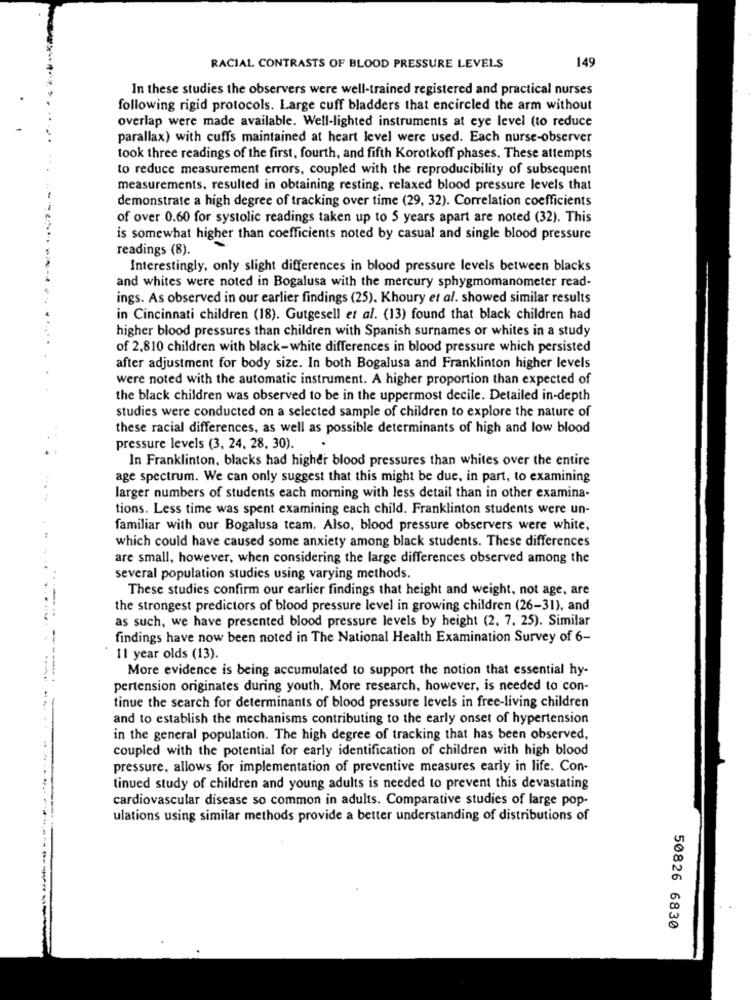
149
RACIAL CONTRASTS OF BLOOD PRESSURE LEVELS
In these studies the observers were well-trained registered and practical nurses
following rigid protocols. Large cuff bladders that encircled the arm without
overlap were made available. Well-lighted instruments at eye level (to reduce
parallax) with cuffs maintained at heart level were used. Each nurse-observer
took three readings of the first, fourth, and fifth Korotkoff phases. These attempts
to reduce measurement errors, coupled with the reproducibility of subsequent
measurements, resulted in obtaining resting, relaxed blood pressure levels that
demonstrate a high degree of tracking over time (29, 32). Correlation coefficients
of over 0.60 for systolic readings taken up to 5 years apart are noted (32). This
is somewhat higher than coefficients noted by casual and single blood pressure
readings (8).
Interestingly, only slight differences in blood pressure levels between blacks
and whites were noted in Bogalusa with the mercury sphygmomanometer read-
ings. As observed in our earlier findings (25). Khoury et al. showed similar results
in Cincinnati children (18). Gutgesell et al. (13) found that black children had
higher blood pressures than children with Spanish surnames or whites in a study
of 2.810 children with black-white differences in blood pressure which persisted
after adjustment for body size. In both Bogalusa and Franklinton higher levels
were noted with the automatic instrument. A higher proportion than expected of
the black children was observed to be in the uppermost decile. Detailed in-depth
studies were conducted on a selected sample of children to explore the nature of
these racial differences, as well as possible determinants of high and low blood
pressure levels (3, 24, 28, 30).
In Franklinton, blacks had higher blood pressures than whites over the entire
age spectrum. We can only suggest that this might be due, in part, to examining
larger numbers of students each morning with less detail than in other examina-
tions. Less time was spent examining each child. Franklinton students were un-
familiar with our Bogalusa team. Also, blood pressure observers were white.
which could have caused some anxiety among black students. These differences
are small, however, when considering the large differences observed among the
several population studies using varying methods.
These studies confirm our earlier findings that height and weight, not age, are
the strongest predictors of blood pressure level in growing children (26-31), and
as such, we have presented blood pressure levels by height (2, 7, 25). Similar
-
findings have now been noted in The National Health Examination Survey of 6-
11 year olds (13).
More evidence is being accumulated to support the notion that essential hy-
pertension originates during youth. More research, however, is needed to con-
tinue the search for determinants of blood pressure levels in free-living children
and to establish the mechanisms contributing to the early onset of hypertension
in the general population. The high degree of tracking that has been observed,
coupled with the potential for early identification of children with high blood
pressure, allows for implementation of preventive measures early in life. Con-
tinued study of children and young adults is needed to prevent this devastating
cardiovascular disease so common in adults. Comparative studies of large pop-
ulations using similar methods provide a better understanding of distributions of
50826 6830